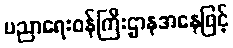
ပညာရေးဝန်ကြီးဌာနအနေဖြင့်